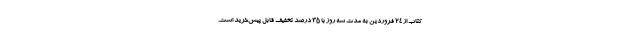
کتاب از ۲۴ فروردین به مدت سه روز با ۳۵ درصد تخفیف قابل پیش‌خرید است.